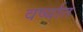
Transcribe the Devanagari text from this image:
वर्ष्यात